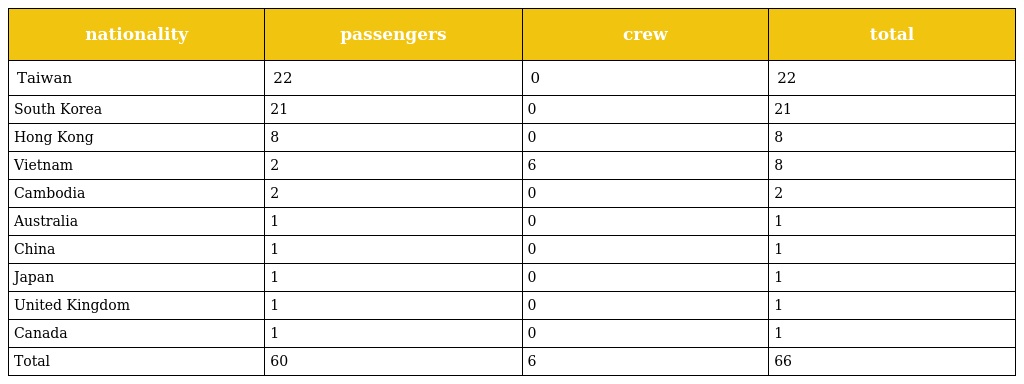
| nationality | passengers | crew | total |
 | --- | --- | --- | --- |
 | Taiwan | 22 | 0 | 22 |
 | South Korea | 21 | 0 | 21 |
 | Hong Kong | 8 | 0 | 8 |
 | Vietnam | 2 | 6 | 8 |
 | Cambodia | 2 | 0 | 2 |
 | Australia | 1 | 0 | 1 |
 | China | 1 | 0 | 1 |
 | Japan | 1 | 0 | 1 |
 | United Kingdom | 1 | 0 | 1 |
 | Canada | 1 | 0 | 1 |
 | Total | 60 | 6 | 66 |